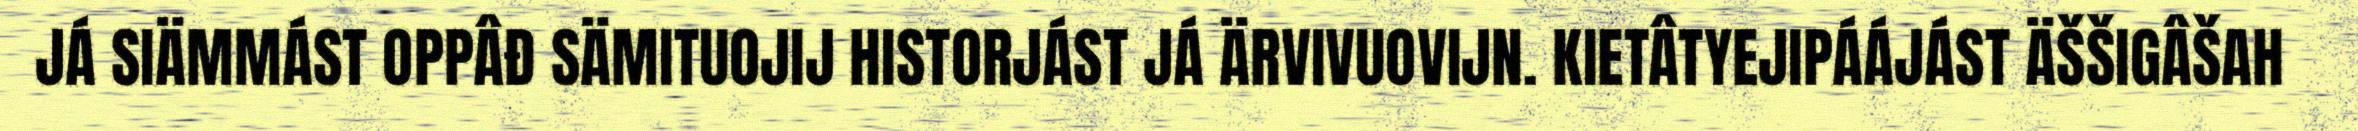
JÁ SIÄMMÁST OPPÂĐ SÄMITUOJIJ HISTORJÁST JÁ ÄRVIVUOVIJN. KIETÂTYEJIPÁÁJÁST ÄŠŠIGÂŠAH